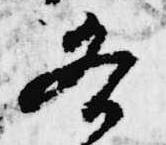
各